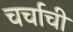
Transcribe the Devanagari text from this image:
चर्चाची